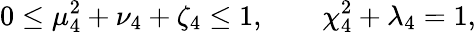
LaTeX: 0\leq\mu_{4}^{2}+\nu_{4}+\zeta_{4}\leq 1,\qquad\chi_{4}^{2}+\lambda_{4}=1,